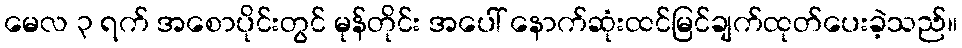
မေလ ၃ ရက် အစောပိုင်းတွင် မုန်တိုင်း အပေါ် နောက်ဆုံးထင်မြင်ချက်ထုတ်ပေးခဲ့သည်။